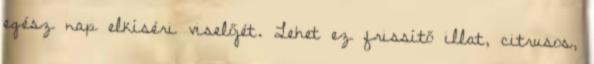
egész nap elkíséri viselőjét. Lehet ez frissítő illat, citrusos,